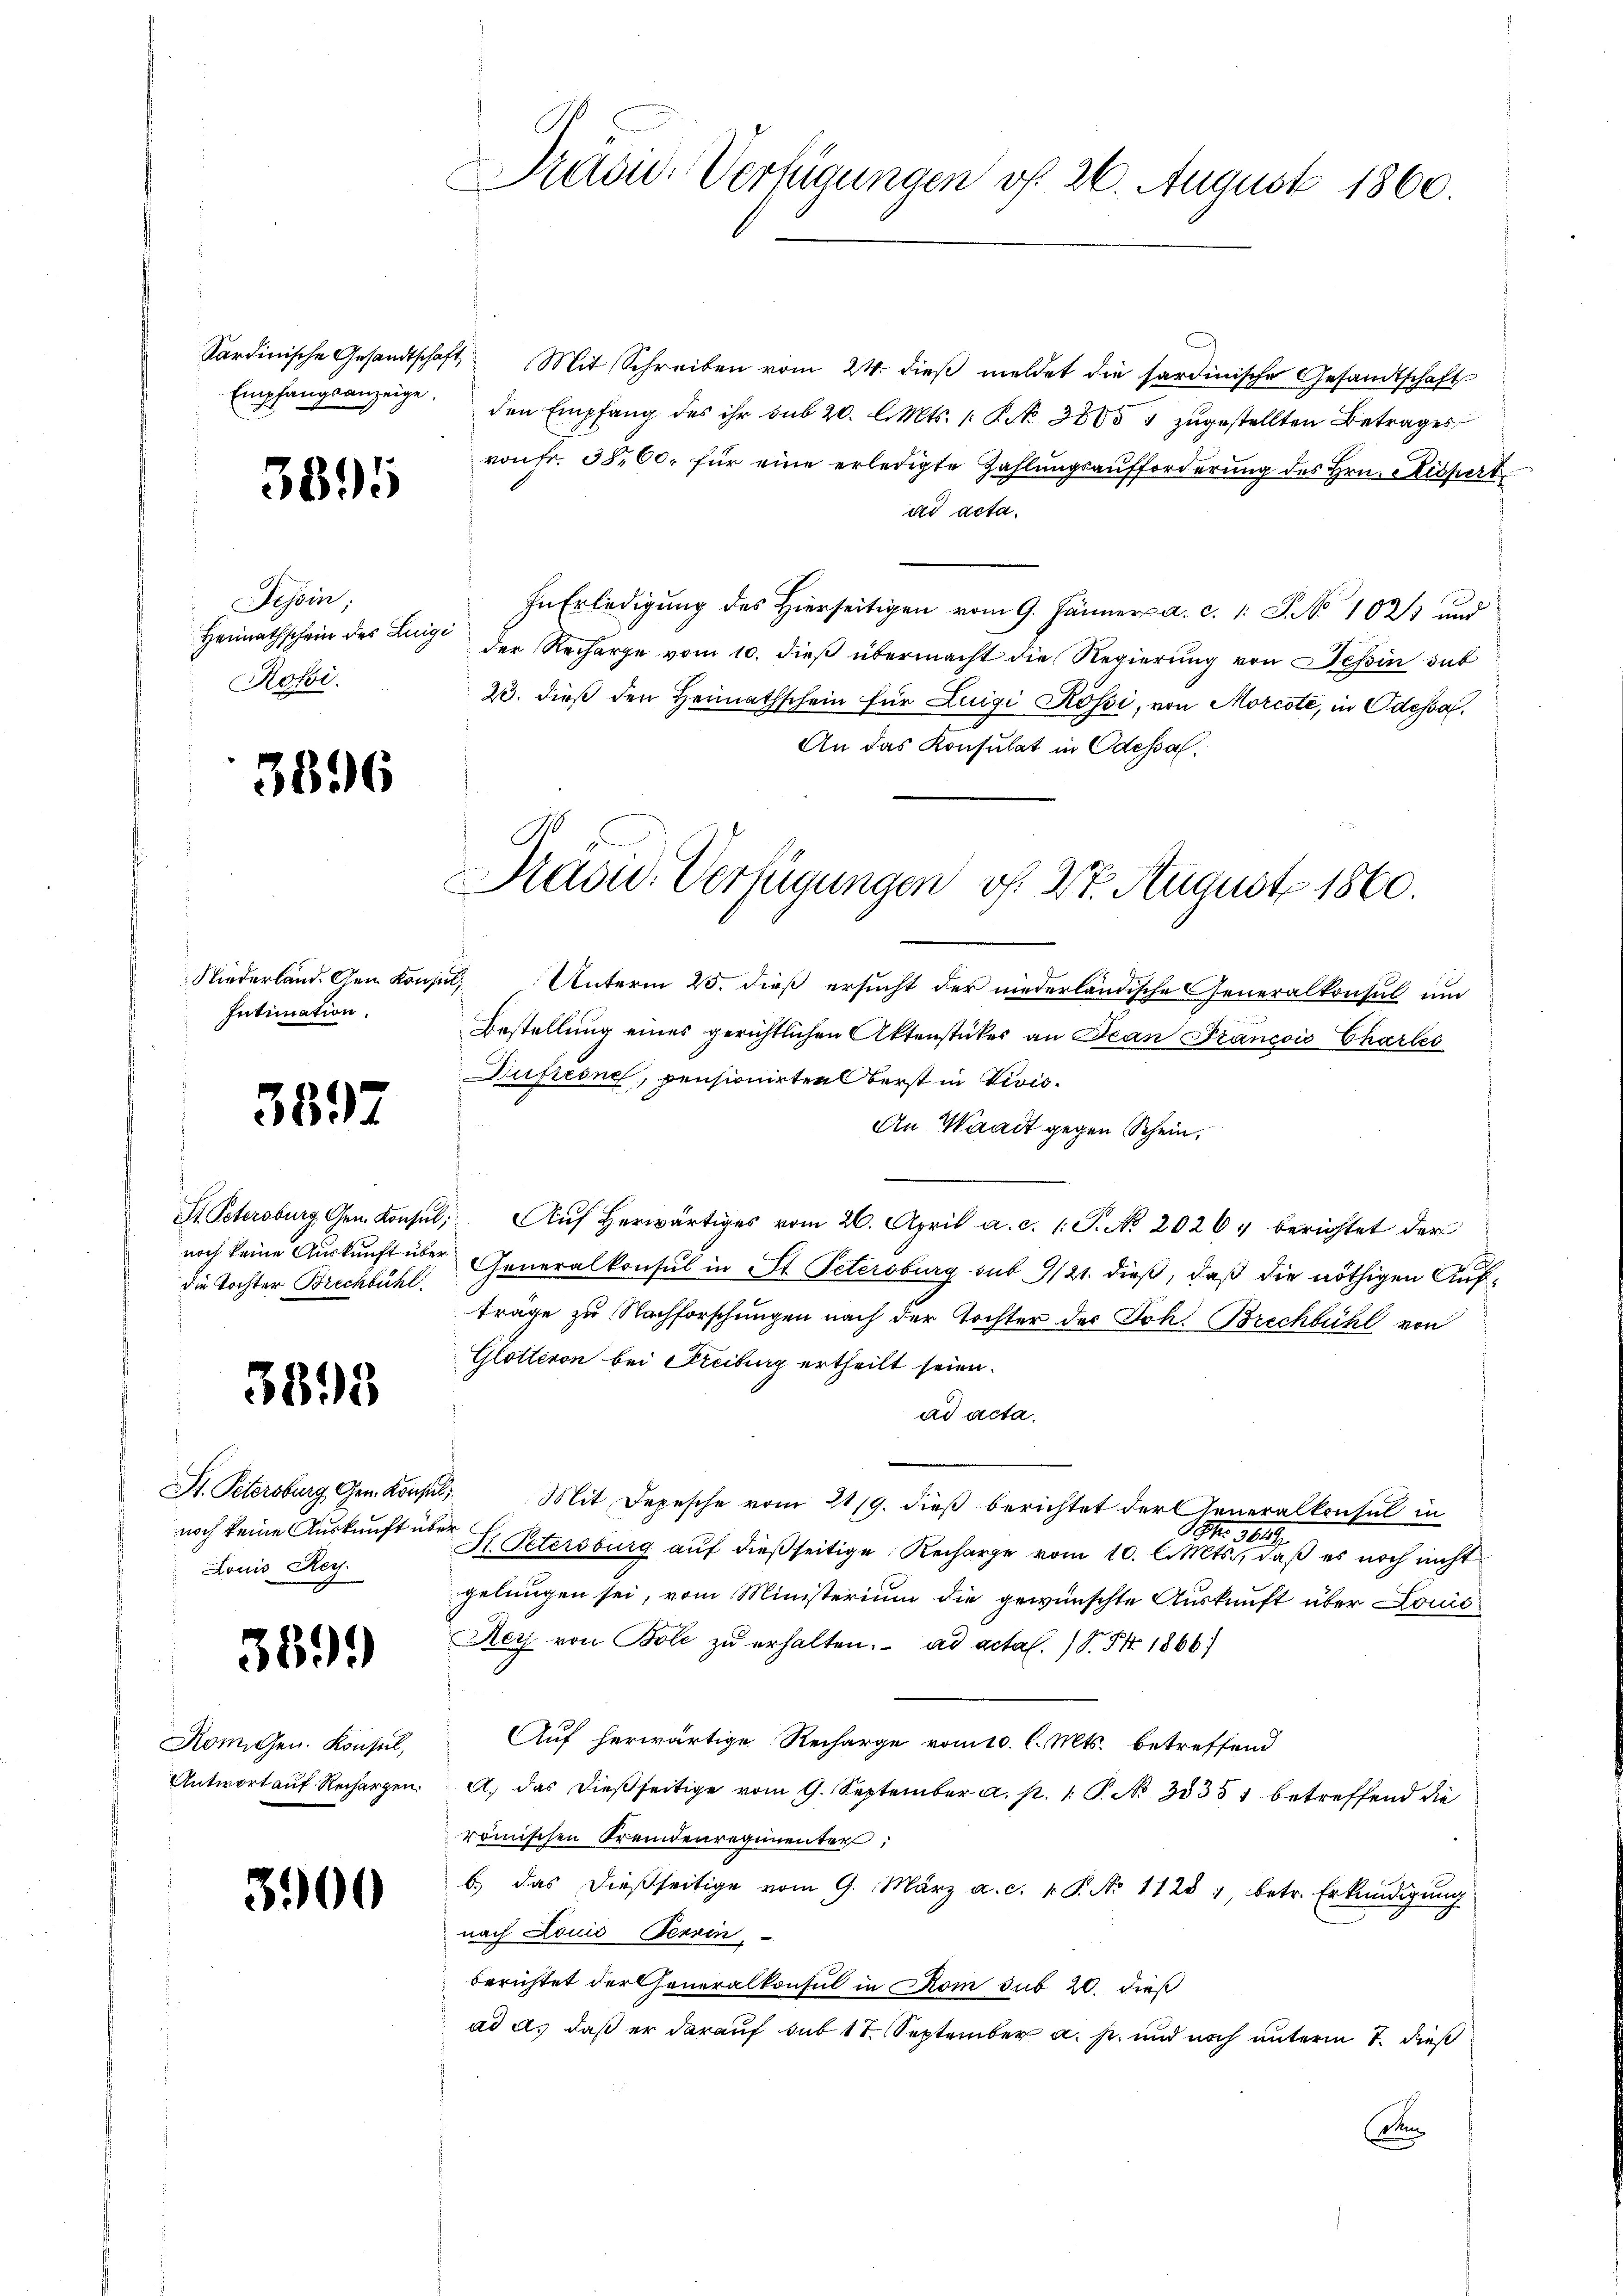
3895

Tessin;
Heimathschein des Luigi
Robi.

826

Niederland. Dem Kon¬
Intimation.

3897

die Tochter Brechbühl.

3398

St. Petersburg Gen. Kons
noch keine Auskunft üb
Louis Rey

899)

Romschen. Konsul,
Antwort auf Rechargen.

3900

Pretou. Verfügungen vf 26. August 1860.

Sardinische Gesandtschaft. Mit Schreiben vom 24. dieβ meldet die sardinische Gesandtschaft
Empfangsanzeige. den Empfang des ihr sub 20. l. Mts. 1. Kr. 3800 " zŭgestellten Betrages
von Fr. 3800. für eine erledigte Zahlungsaufforderung des Hrn. Kissert
ad acta.
In Erledigung des hierseitigen vom 9. Jänner a. c. 1 S. No 1023 und
der Recharge vom 10. dieß übermacht die Regierung von Tessin sub
23. dieß den Heimathschein für Luigi Kössi, von Morcote, in Odessa.
An das Konsulat in Odessal.

Präsid. Verfügungen vf. 27. August 1860.

in Unterm 25. dieß ersucht der niederländische Generalkonsul um
Bestellung eines gerichtlichen Aktenstückes an Bean Francois Chartes
Dufrione, pensionirten Oberst in Divis.
An Waadt gegen Schein,
St. Petersburg Gen. Konsŭl; Aŭf herwärtiges vom 26. April a. c. (T. No. 20264 berichtet der
noch keine Auskunft über Generalkonsul in St. Petersburg sub 9/21. dieß, daß die nöthigen Aufträge zu Nachforschungen nach der Tochter der Joh. Brechbühl von
Glotteron bei Freiburg ertheilt seien.
ad acta.
E. Mit Depesche vom 21/9. dieß berichtet der Generalkonsul in
rge
S. 369.
S. Petersburg auf dießseitige Recharge vom 10. l. Mts., daß es noch nicht
gelungen sei, vom Ministerium die gewünschte Auskunft über Louis-
Rerj von Bole zŭ erhalten. ad actal. S. Fr. 1866.
Auf herwärtige Recharge vom 10. l. Mts. betreffend
A. das dießseitige vom 9. September a. p. 1. P. No 38381 betreffend die
römischen Fremdenregimenter
b. das dießseitige vom 9. März a. c. v. P. No 11281, betr. Erkundigŭng
nach Louis Tessin
berichtet dartheneralkonsul in Rom sub 20. dieß
ad a. daß er darauf sub 17. September a. p. und noch unterm 7. dieß
Di